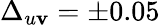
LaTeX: \Delta_{u\mathbf{v}}=\pm0.05